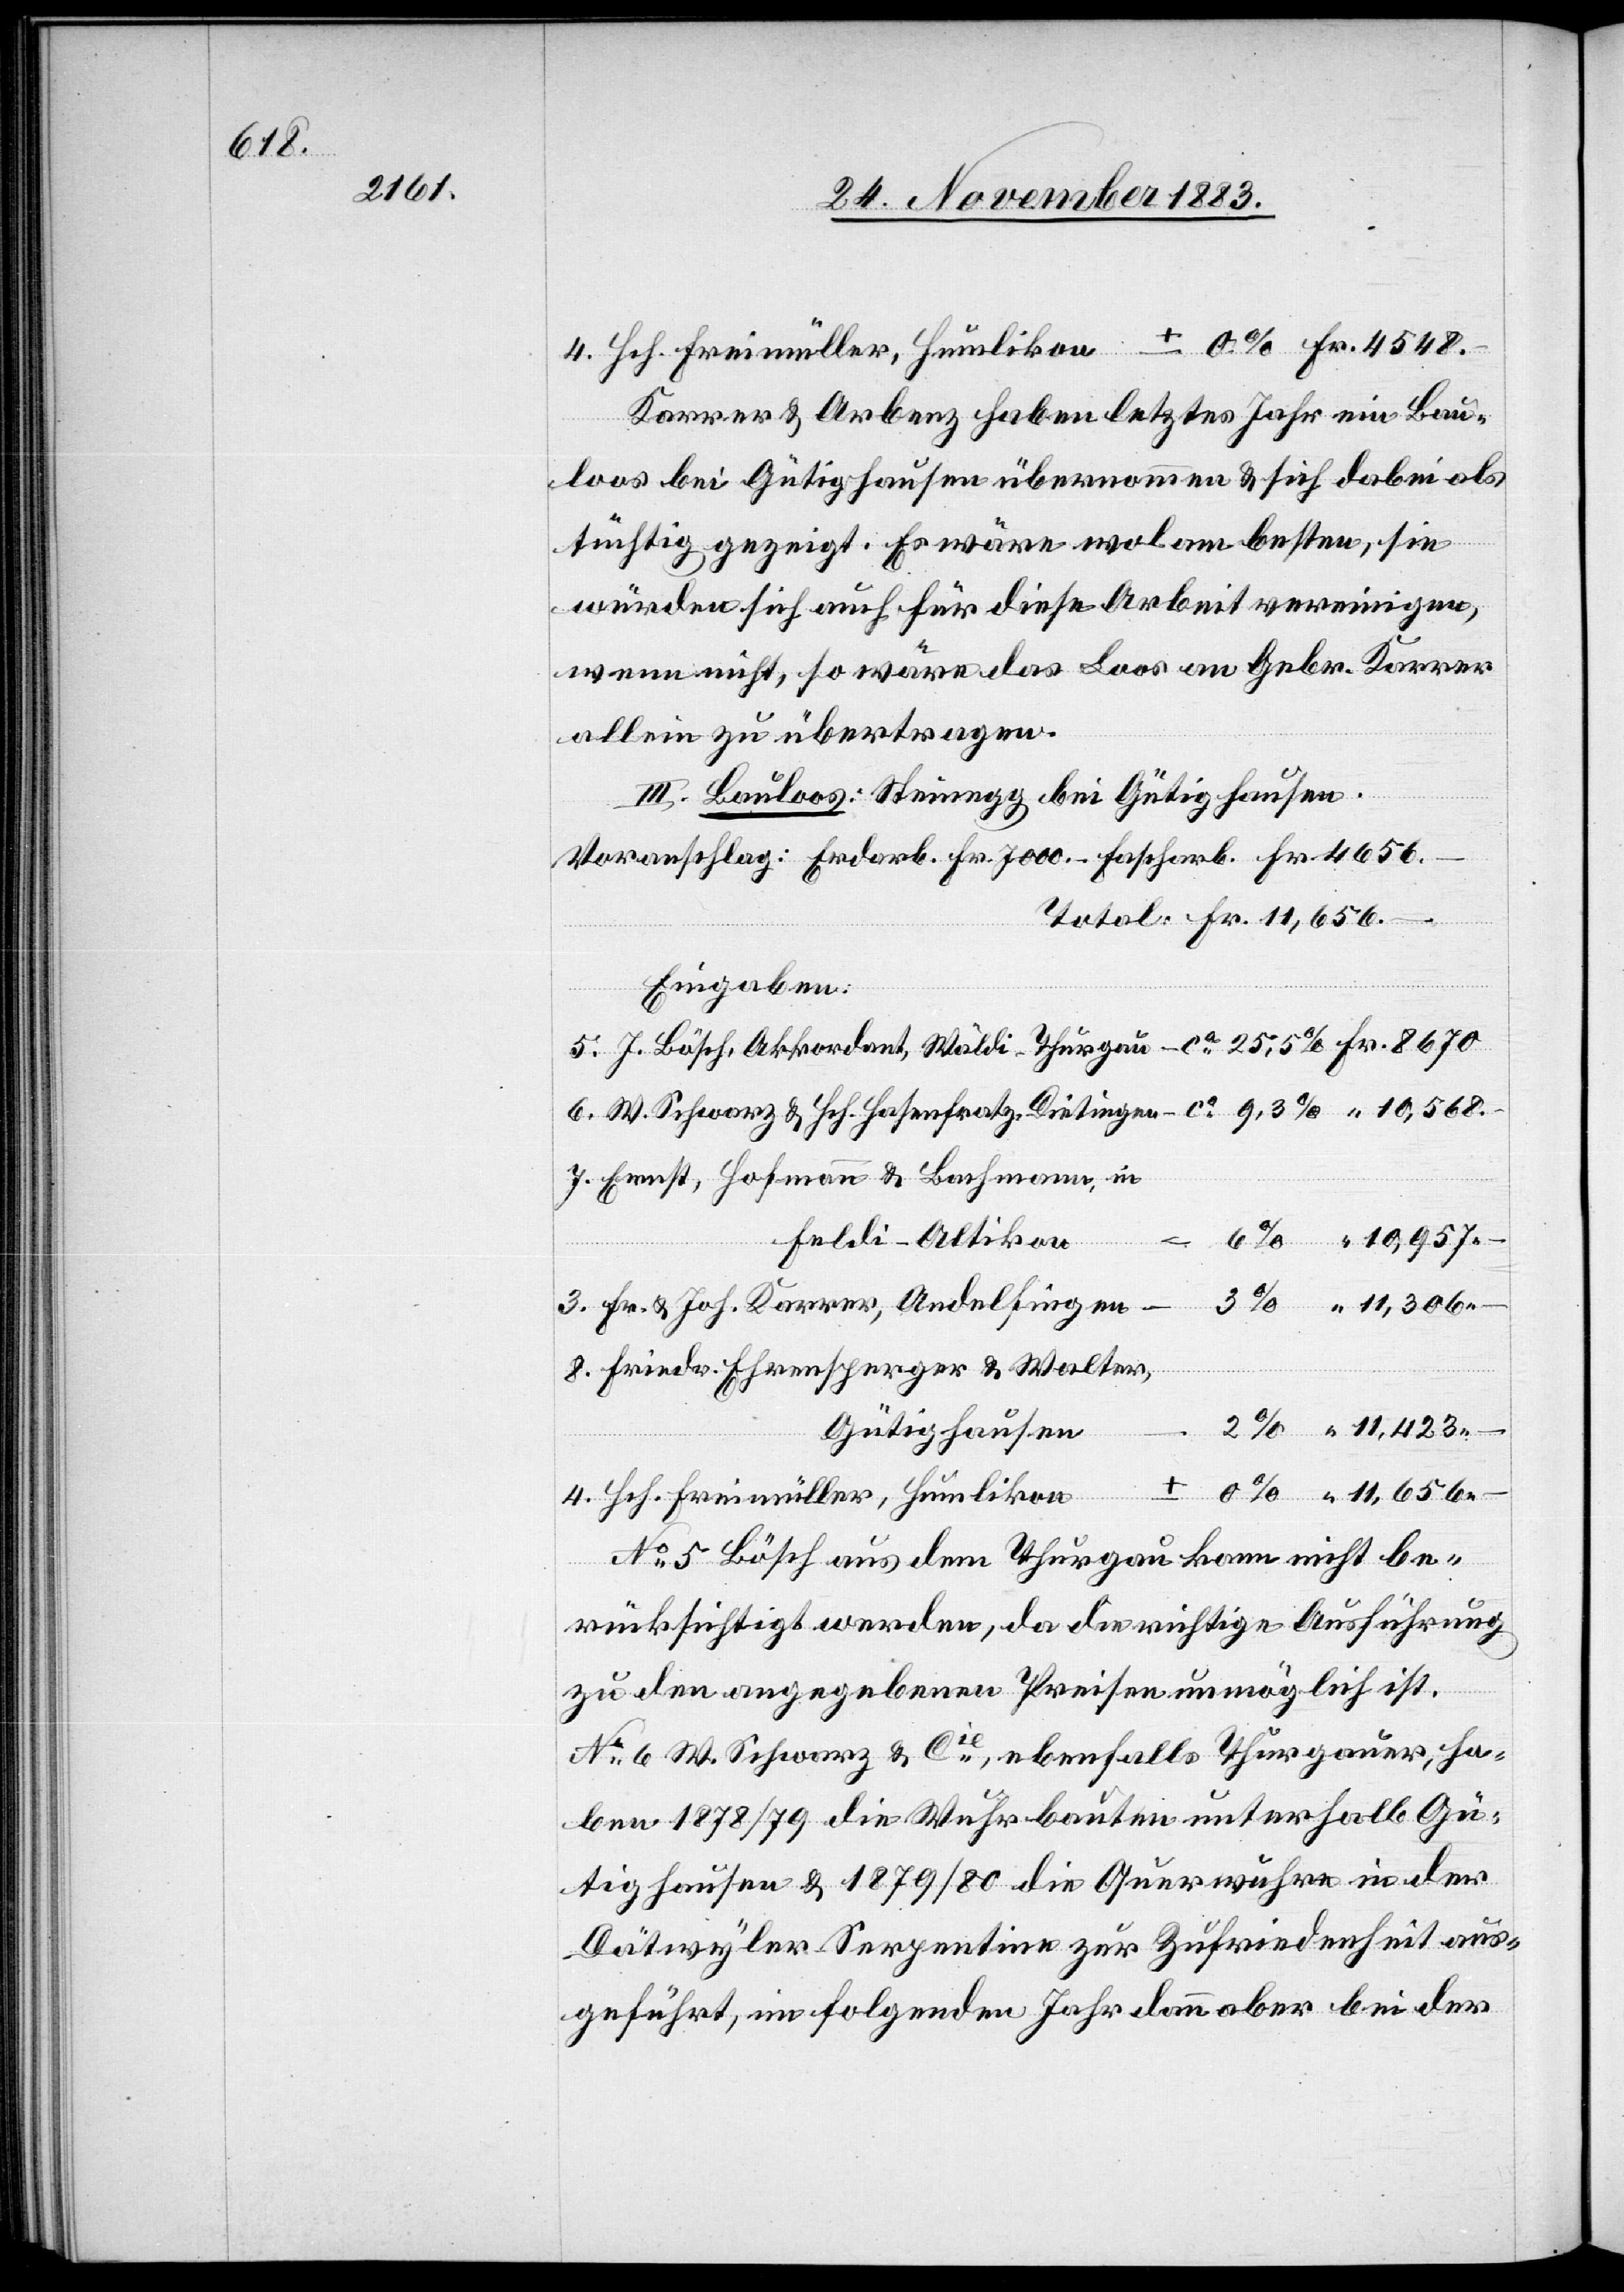
Karrer & Arbenz haben letztes Jahr ein Bau¬
loos bei Gütighausen übernommen & sich dabei als
tüchtig gezeigt. Es wäre wol am besten, sie
würden sich auch für diese Arbeit vereinigen,
wenn nicht, so wäre das Loos an Gebr. Karrer
allein zu übertragen.
III. Bauloos: Steinegg, bei Gütighausen.
Fr.
Voranschlag: Erdarb. Fr. 7000 – Fascharb. Fr. 4656
Total Fr. 11,656 –
Eingaben:
Ernst, Hofmann & Bachmann,
Humlikon
Feldi - Altikon
Friedr. Ehrensperger & Walter,
Gütighausen
4.
Freimüller,
No 5 Bösch aus dem Thurgau kann nicht be¬
“
rücksichtigt werden, da die richtige Ausführung
zu den angegebenen Preisen unmöglich ist.
No 6 W. Schwarz & Cie, ebenfalls Thurgauer, ha¬
ben 1878/79 die Wuhrbauten unterhalb Gü¬
tighausen & 1879/80 die Querwuhre in der
Dätwyler Serpentine zur Zufriedenheit aus¬
geführt, im folgenden Jahr dann aber bei der

–